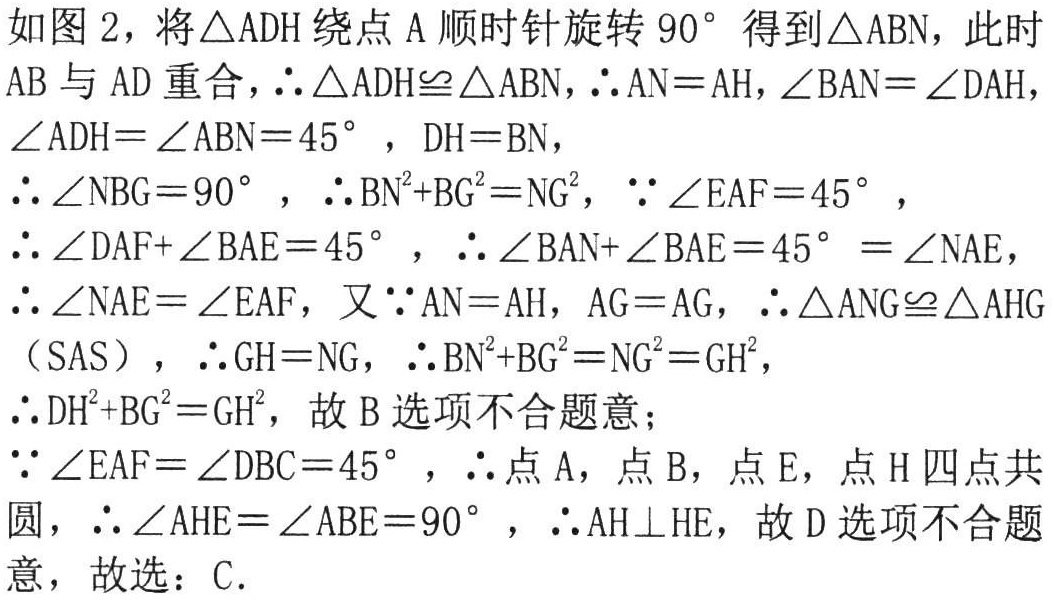
如图 2，将\(\triangle ADH\) 绕点 \(A\) 顺时针旋转 \(90^{\circ}\) 得到\(\triangle ABN\)，此时
\(AB\) 与 \(AD\) 重合，\(\therefore\triangle ADH\cong\triangle ABN\)，\(\therefore AN = AH\)，\(\angle BAN=\angle DAH\)，
\(\angle ADH=\angle ABN = 45^{\circ}\)，\(DH = BN\)，
\(\therefore\angle NBG = 90^{\circ}\)，\(\therefore BN^{2}+BG^{2}=NG^{2}\)，\(\because\angle EAF = 45^{\circ}\)，
\(\therefore\angle DAF+\angle BAE = 45^{\circ}\)，\(\therefore\angle BAN+\angle BAE = 45^{\circ}=\angle NAE\)，
\(\therefore\angle NAE=\angle EAF\)，又\(\because AN = AH\)，\(AG = AG\)，\(\therefore\triangle ANG\cong\triangle AHG\)
（\(SAS\)），\(\therefore GH = NG\)，\(\therefore BN^{2}+BG^{2}=NG^{2}=GH^{2}\)，
\(\therefore DH^{2}+BG^{2}=GH^{2}\)，故 B 选项不合题意；
\(\because\angle EAF=\angle DBC = 45^{\circ}\)，\(\therefore\)点 \(A\)，点 \(B\)，点 \(E\)，点 \(H\) 四点共
圆，\(\therefore\angle AHE=\angle ABE = 90^{\circ}\)，\(\therefore AH\perp HE\)，故 D 选项不合题
意，故选：C.